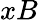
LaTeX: xB